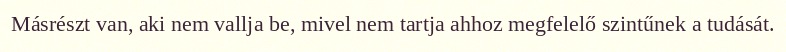
Másrészt van, aki nem vallja be, mivel nem tartja ahhoz megfelelő szintűnek a tudását.